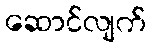
ဆောင်လျက်